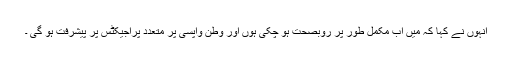
انہوں نے کہا کہ میں اب مکمل طور پر روبصحت ہو چکی ہوں اور وطن واپسی پر متعدد پراجیکٹس پر پیشرفت ہو گی ۔